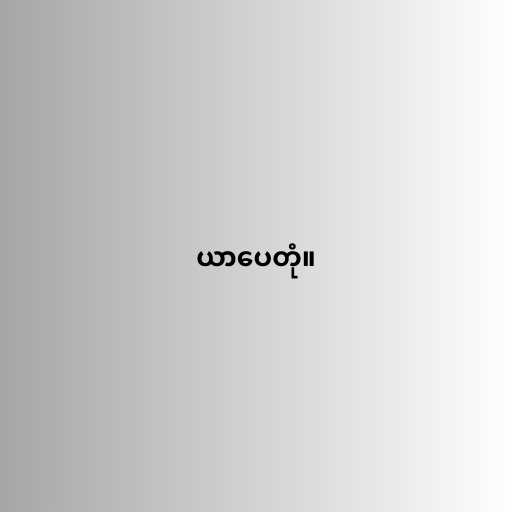
ယာပေတုံ။